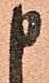
申